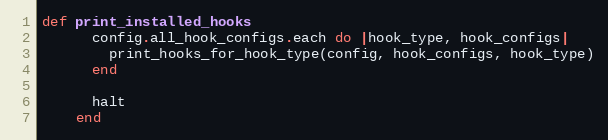
Language: Ruby
def print_installed_hooks
      config.all_hook_configs.each do |hook_type, hook_configs|
        print_hooks_for_hook_type(config, hook_configs, hook_type)
      end

      halt
    end